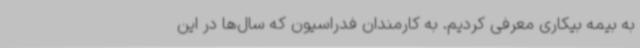
به بیمه بیکاری معرفی کردیم. به کارمندان فدراسیون که سال‌ها در این